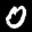
Label: 0